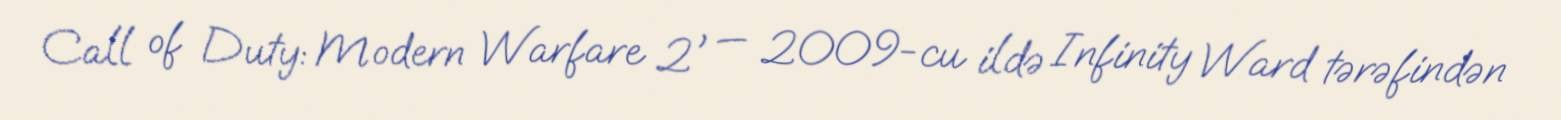
Call of Duty: Modern Warfare 2' — 2009-cu ildə Infinity Ward tərəfindən